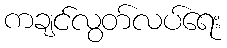
ကချင်လွတ်လပ်ရေး